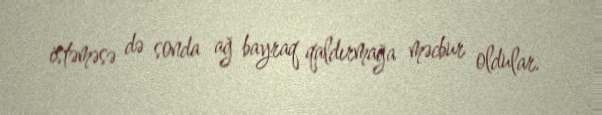
istəməsə də sonda ağ bayraq qaldırmağa məcbur oldular.